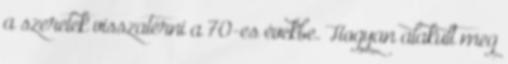
a szeretek visszatérni a 70-es évekbe. Hogyan alakult meg